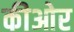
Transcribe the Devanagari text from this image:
कीओर